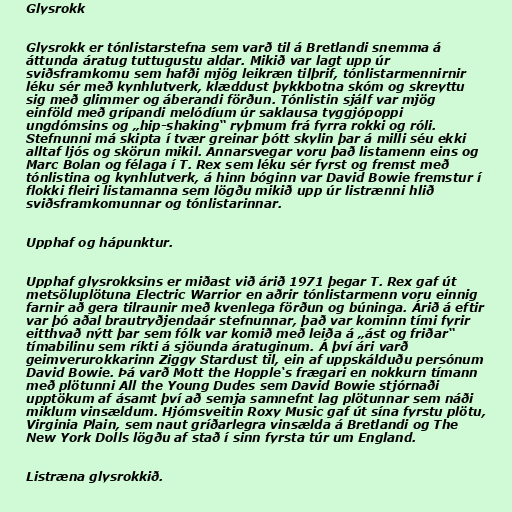
Glysrokk

Glysrokk er tónlistarstefna sem varð til á Bretlandi snemma á
áttunda áratug tuttugustu aldar. Mikið var lagt upp úr
sviðsframkomu sem hafði mjög leikræn tilþrif, tónlistarmennirnir
léku sér með kynhlutverk, klæddust þykkbotna skóm og skreyttu
sig með glimmer og áberandi förðun. Tónlistin sjálf var mjög
einföld með grípandi melódíum úr saklausa tyggjópoppi
ungdómsins og „hip-shaking“ ryþmum frá fyrra rokki og róli.
Stefnunni má skipta í tvær greinar þótt skylin þar á milli séu ekki
alltaf ljós og skörun mikil. Annarsvegar voru það listamenn eins og
Marc Bolan og félaga í T. Rex sem léku sér fyrst og fremst með
tónlistina og kynhlutverk, á hinn bóginn var David Bowie fremstur í
flokki fleiri listamanna sem lögðu mikið upp úr listrænni hlið
sviðsframkomunnar og tónlistarinnar.

Upphaf og hápunktur.

Upphaf glysrokksins er miðast við árið 1971 þegar T. Rex gaf út
metsöluplötuna Electric Warrior en aðrir tónlistarmenn voru einnig
farnir að gera tilraunir með kvenlega förðun og búninga. Árið á eftir
var þó aðal brautryðjendaár stefnunnar, það var kominn tími fyrir
eitthvað nýtt þar sem fólk var komið með leiða á „ást og friðar“
tímabilinu sem ríkti á sjöunda áratuginum. Á því ári varð
geimverurokkarinn Ziggy Stardust til, ein af uppskálduðu persónum
David Bowie. Þá varð Mott the Hopple‘s frægari en nokkurn tímann
með plötunni All the Young Dudes sem David Bowie stjórnaði
upptökum af ásamt því að semja samnefnt lag plötunnar sem náði
miklum vinsældum. Hjómsveitin Roxy Music gaf út sína fyrstu plötu,
Virginia Plain, sem naut gríðarlegra vinsælda á Bretlandi og The
New York Dolls lögðu af stað í sinn fyrsta túr um England.

Listræna glysrokkið.